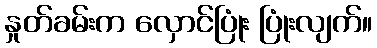
နှုတ်ခမ်းက လှောင်ပြုံး ပြုံးလျက်။